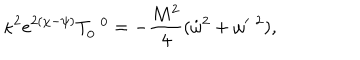
\kappa ^ { 2 } e ^ { 2 ( \chi - \psi ) } T _ { 0 } ^ { \; \; 0 } = - \frac { M ^ { 2 } } 4 ( \dot { \omega } ^ { 2 } + \omega ^ { \prime } { } ^ { \; 2 } ) ,